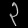
Digit: ၃